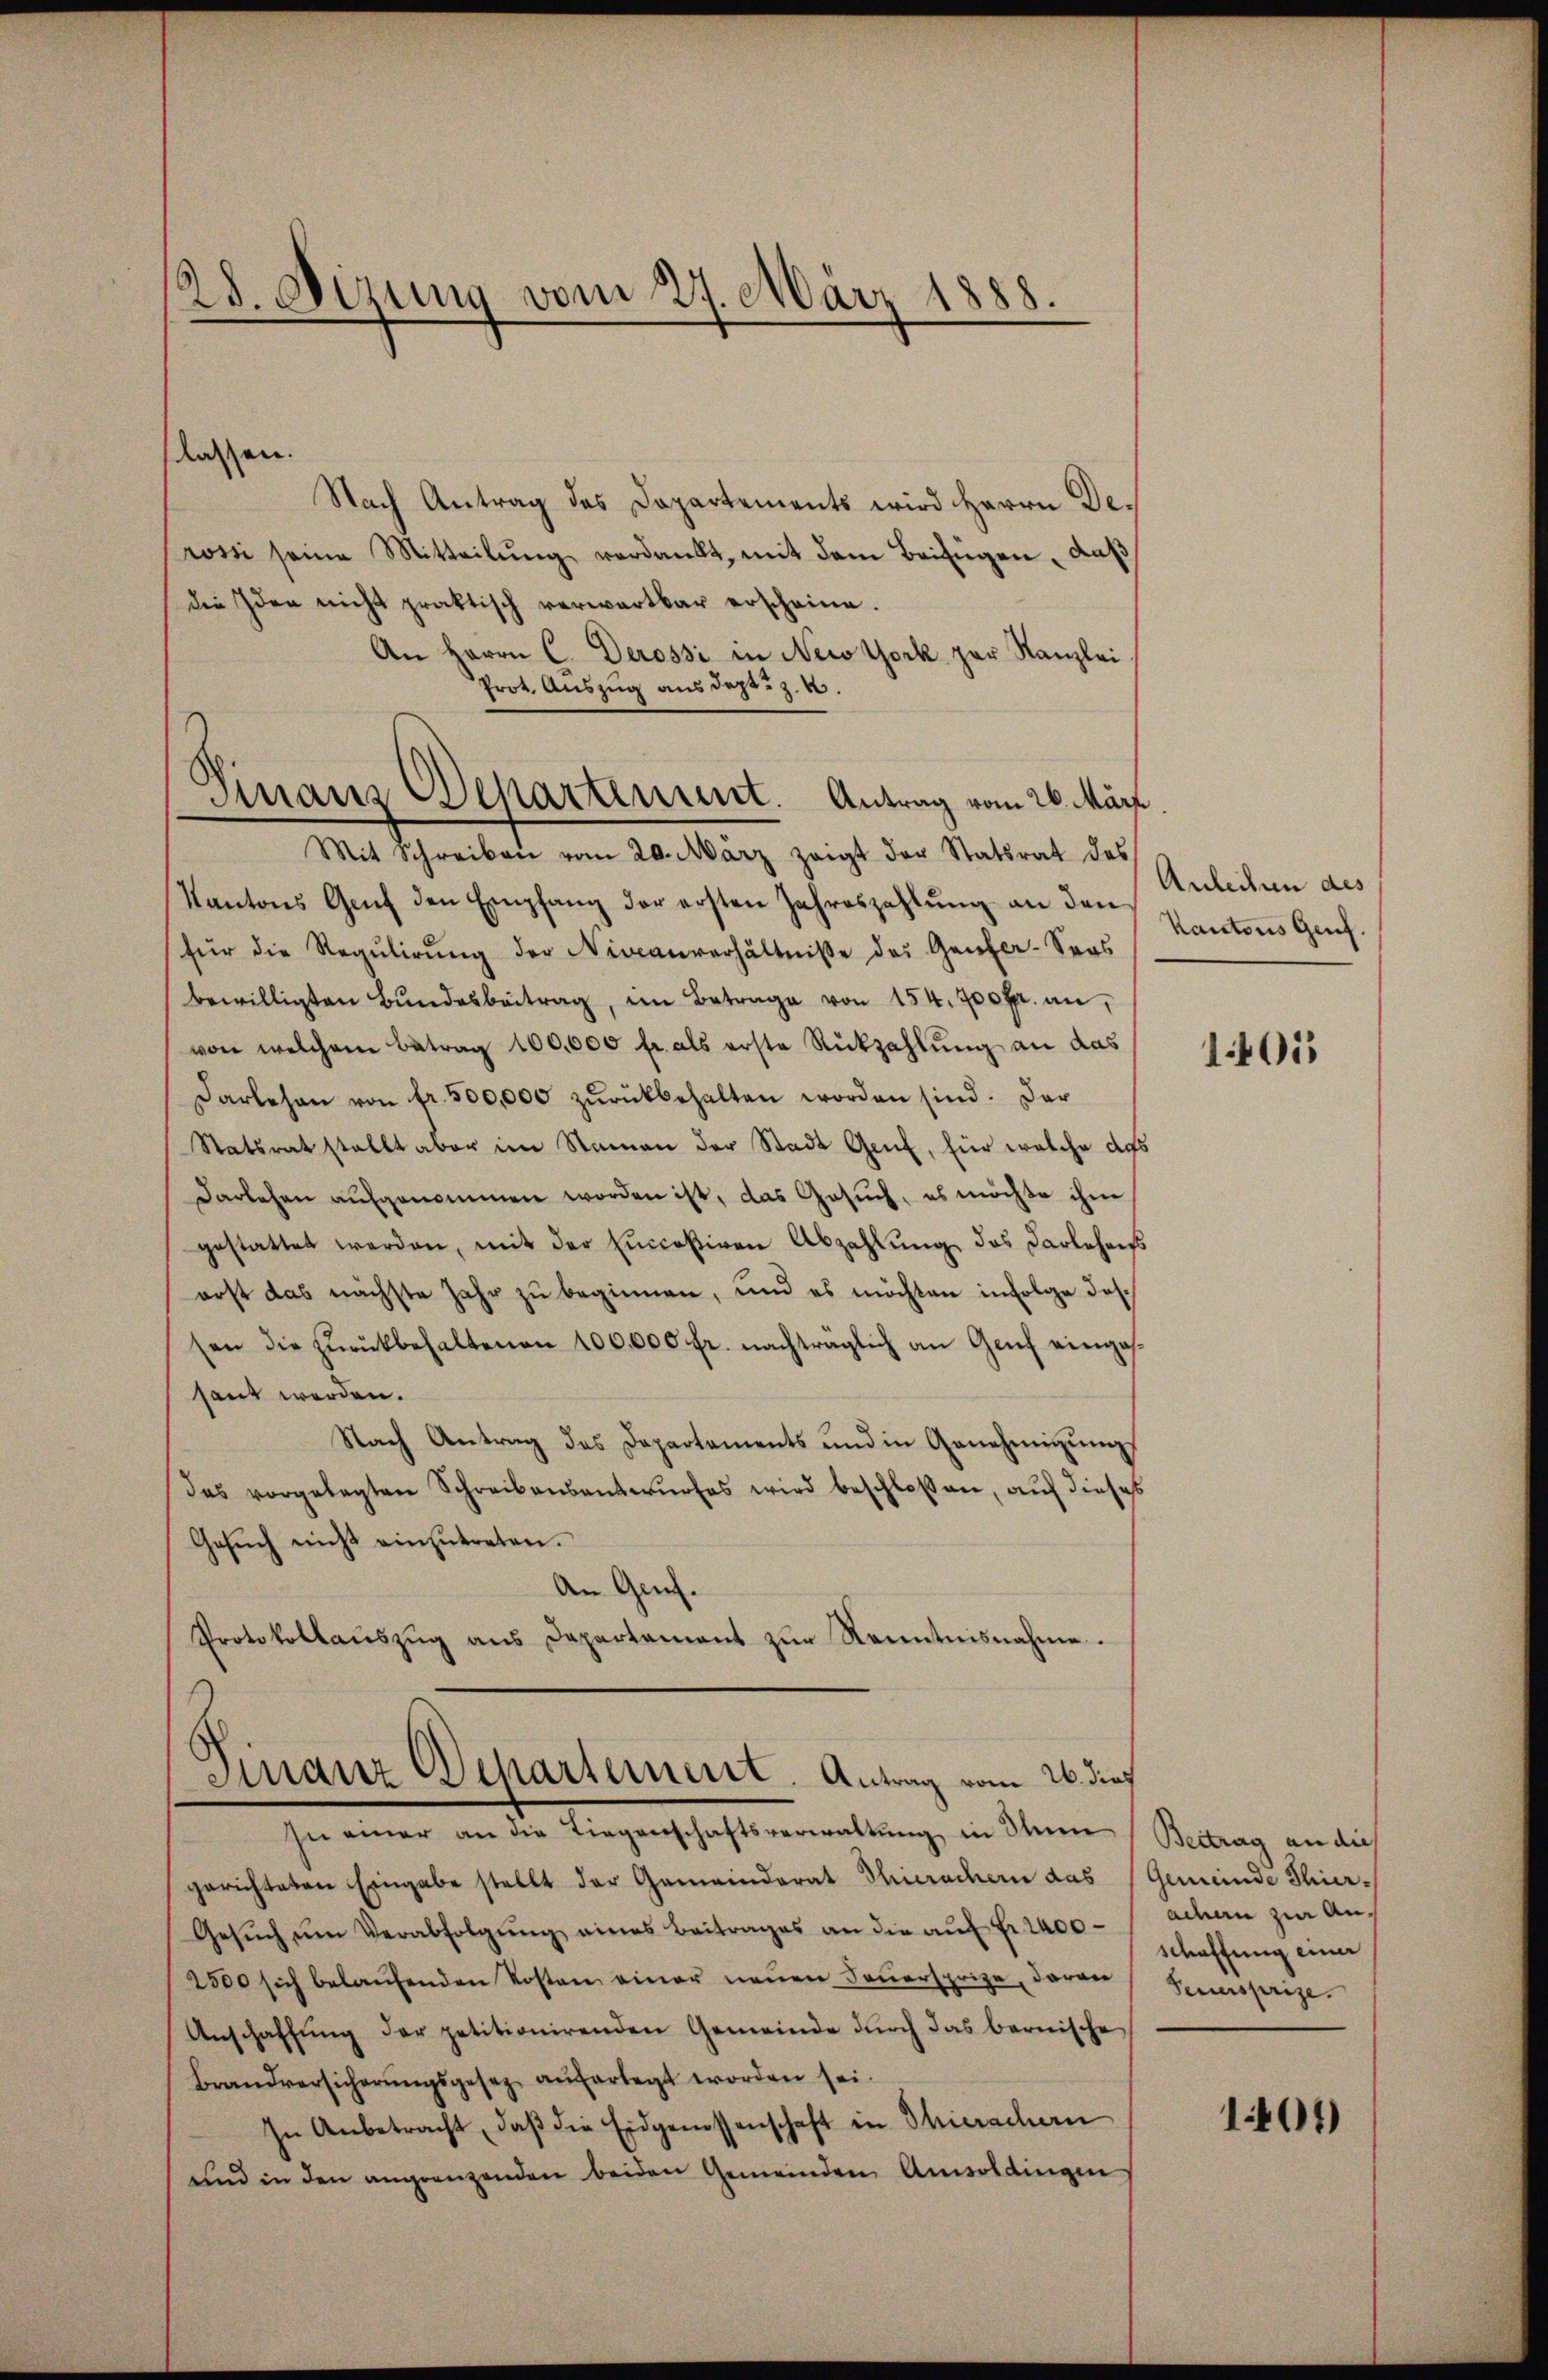
28. Sizung vom 27. März 1888.

dessen.
Nach Antrag des Departements wird Herrn De¬
Rossi seine Mitteilung verdankt, mit dem Beifügen, daß
die Idee nicht praktisch verwartbar erscheine.
An Herrn C. Derossi in New York par Kanzlei
Prot. Auszug aus dept: z. B.
Mit Schreiben vom 20. März zeigt der Statsrat des
Kantons Genf den Empfang der ersten Jahreszahlung an den
für die Regŭlirŭng der Niveanverhältnisse des Genfer-Seos
bewilligten Bŭndesbeitrag, im Betrage von 154. 700fr. an,
von welchem Betrag 100,000 fr. als erste Rückzahlung an das
Darlehen von fr. 500,000 zŭrückbehalten worden sind. Der
Statsrat stellt aber im Namen der Stadt Genf, für welche des
Darlehen aufgenommen worden ist, das Gesuch, es möchte ihm
gestattet werden, mit der Eucceßiven Abzahlung des Darleheiss
erst das nächste Jahr zu beginnen, und es möchten infolge dessen die zurückbehaltenen 100,000 fr. nachträglich an Genf eingessaut werden.
Nach Antrag des Departaments und in Genehmigŭngs
das vorgelegten Schreibensantwŭrfes wird beschlossen, auf dieses
Gesŭch nicht einzŭtreten.
An Genf.
Protokollaŭszŭg ans Departament zŭr Kenntnisnahme.
Finanz Departement. Antrag vom 26. dies

Finanz-Departenunt. Antrag vom 26. März

In einer an die Liegenschaftsverwaltung in Ihnen Beitrag an dies

gerichteten Eingabe stellt der Gemeinderat Thierachern das Gemeinde Thur¬
Gesŭch ŭm Verabfolgŭng eines Beitrages an die aŭf fr. 2400-/ achen zŭr An-
2500 sich belaŭfenden Kosten einer neuen Feuersprize, daran
Anschaffung der petitionirenden Gemeinde durch das bernische
Brandversicherŭngsgesez aŭferlegt worden sei.
In Anbetracht, daβ die Eidgenossenschaft in Thierachern
und in den angrenzenden beiden Gemeinden Amsoldingen

Anleihen des
Kantons Genf.

1405

schaffung einer
Feuersprize.

1401)